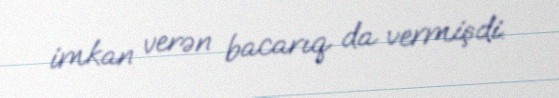
imkan verən bacarıq da vermişdi.